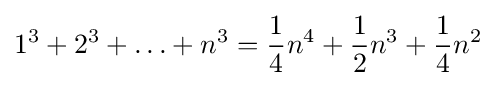
1^{3}+2^{3}+\ldots +n^{3}={\frac {1}{4}}n^{4}+{\frac {1}{2}}n^{3}+{\frac {1}{4}}n^{2}